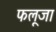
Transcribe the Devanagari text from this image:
फलूजा